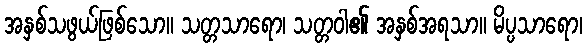
အနှစ်သဖွယ်ဖြစ်သော။ သတ္တသာရော၊ သတ္တဝါ၏ အနှစ်အရသာ။ မိပ္ပသာရော၊